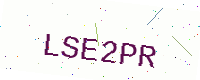
Text: LSE2PR